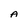
Character: A